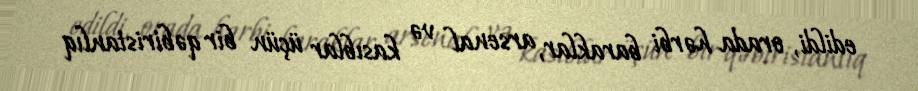
edildi, orada hərbi baraklar, arsenal və kasıblar üçün bir qəbiristanlıq